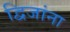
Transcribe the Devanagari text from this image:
द्विजांना